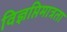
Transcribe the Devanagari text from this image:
विज्ञप्तिमात्रता